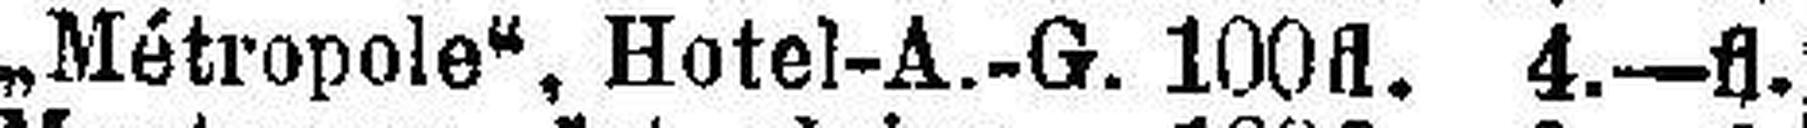
„Métropole“, Hotel-A.-G. 100fl. 4.—fl.